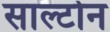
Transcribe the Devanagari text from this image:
साल्टोन